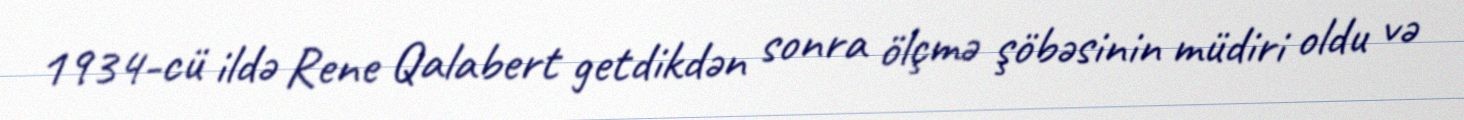
1934-cü ildə Rene Qalabert getdikdən sonra ölçmə şöbəsinin müdiri oldu və